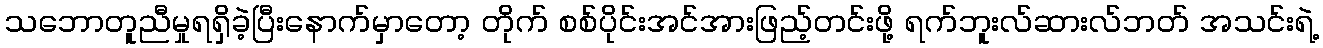
သဘောတူညီမှုရရှိခဲ့ပြီးနောက်မှာတော့ တိုက် စစ်ပိုင်းအင်အားဖြည့်တင်းဖို့ ရက်ဘူးလ်ဆားလ်ဘတ် အသင်းရဲ့